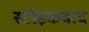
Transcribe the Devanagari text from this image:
स्टोइकवाद